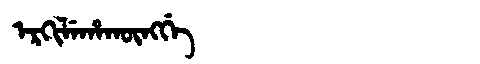
Manchu: ᡝᡵᡴᡳᠯᡝᡥᠠᡴᡡᠩᡤᡝ
Romanization: ERKILEHAKŪNGGE